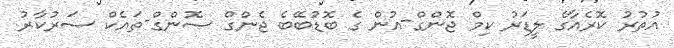
އުތުރު ކޮރެއާގެ ލީޑަރު ކިމް ޖޮންގް-އުން ގެ ބޮޑުބޭބެ ޖެންގް ސޮންގް-ތައެކް ސަރުކާރު